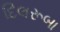
દિલરૂબા